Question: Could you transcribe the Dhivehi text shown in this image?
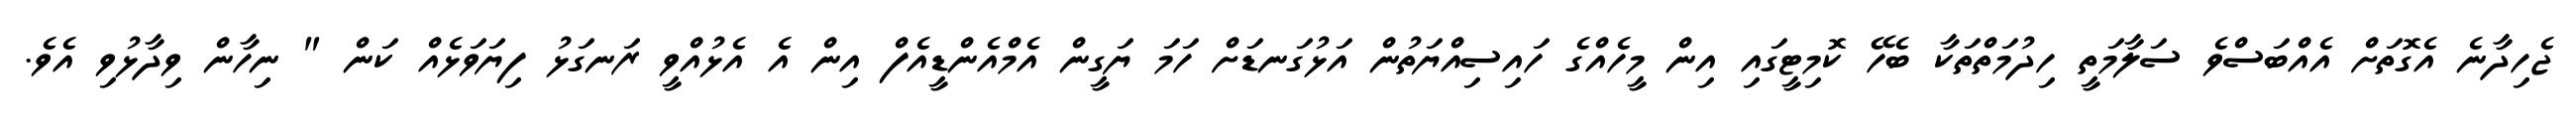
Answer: ޖެހިދާނެ އެގޮތަށް އެއްބަސްވެ ސަލާމަތީ ހިދުމަތްތަކާ ބެހޭ ކޮމިޓީގައި އިން މީހެއްގެ ހައިސިއްޔަތުން އަޅުގަނޑަށް ހަމަ ޔަގީން އެމްއެންޑީއެފް އިން އެ އެޅުއްވީ ރަނގަޅު ފިޔަވަޅެއް ކަން " ނިހާން ވިދާޅުވި އެވެ.